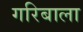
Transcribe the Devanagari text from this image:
गरिबाला